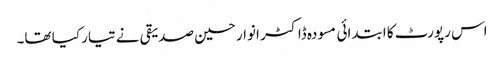
اس رپورٹ کا ابتدائی مسودہ ڈاکٹر انوار حسین صدیقی نے تیار کیا تھا۔